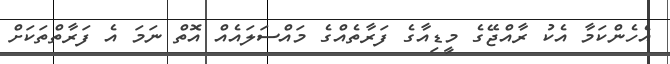
އެހެންކަމާ އެކު ރާއްޖޭގެ މީޑިއާގެ ފަރާތެއްގެ މައްސަލައެއް އޮތް ނަމަ އެ ފަރާތްތަކަށް